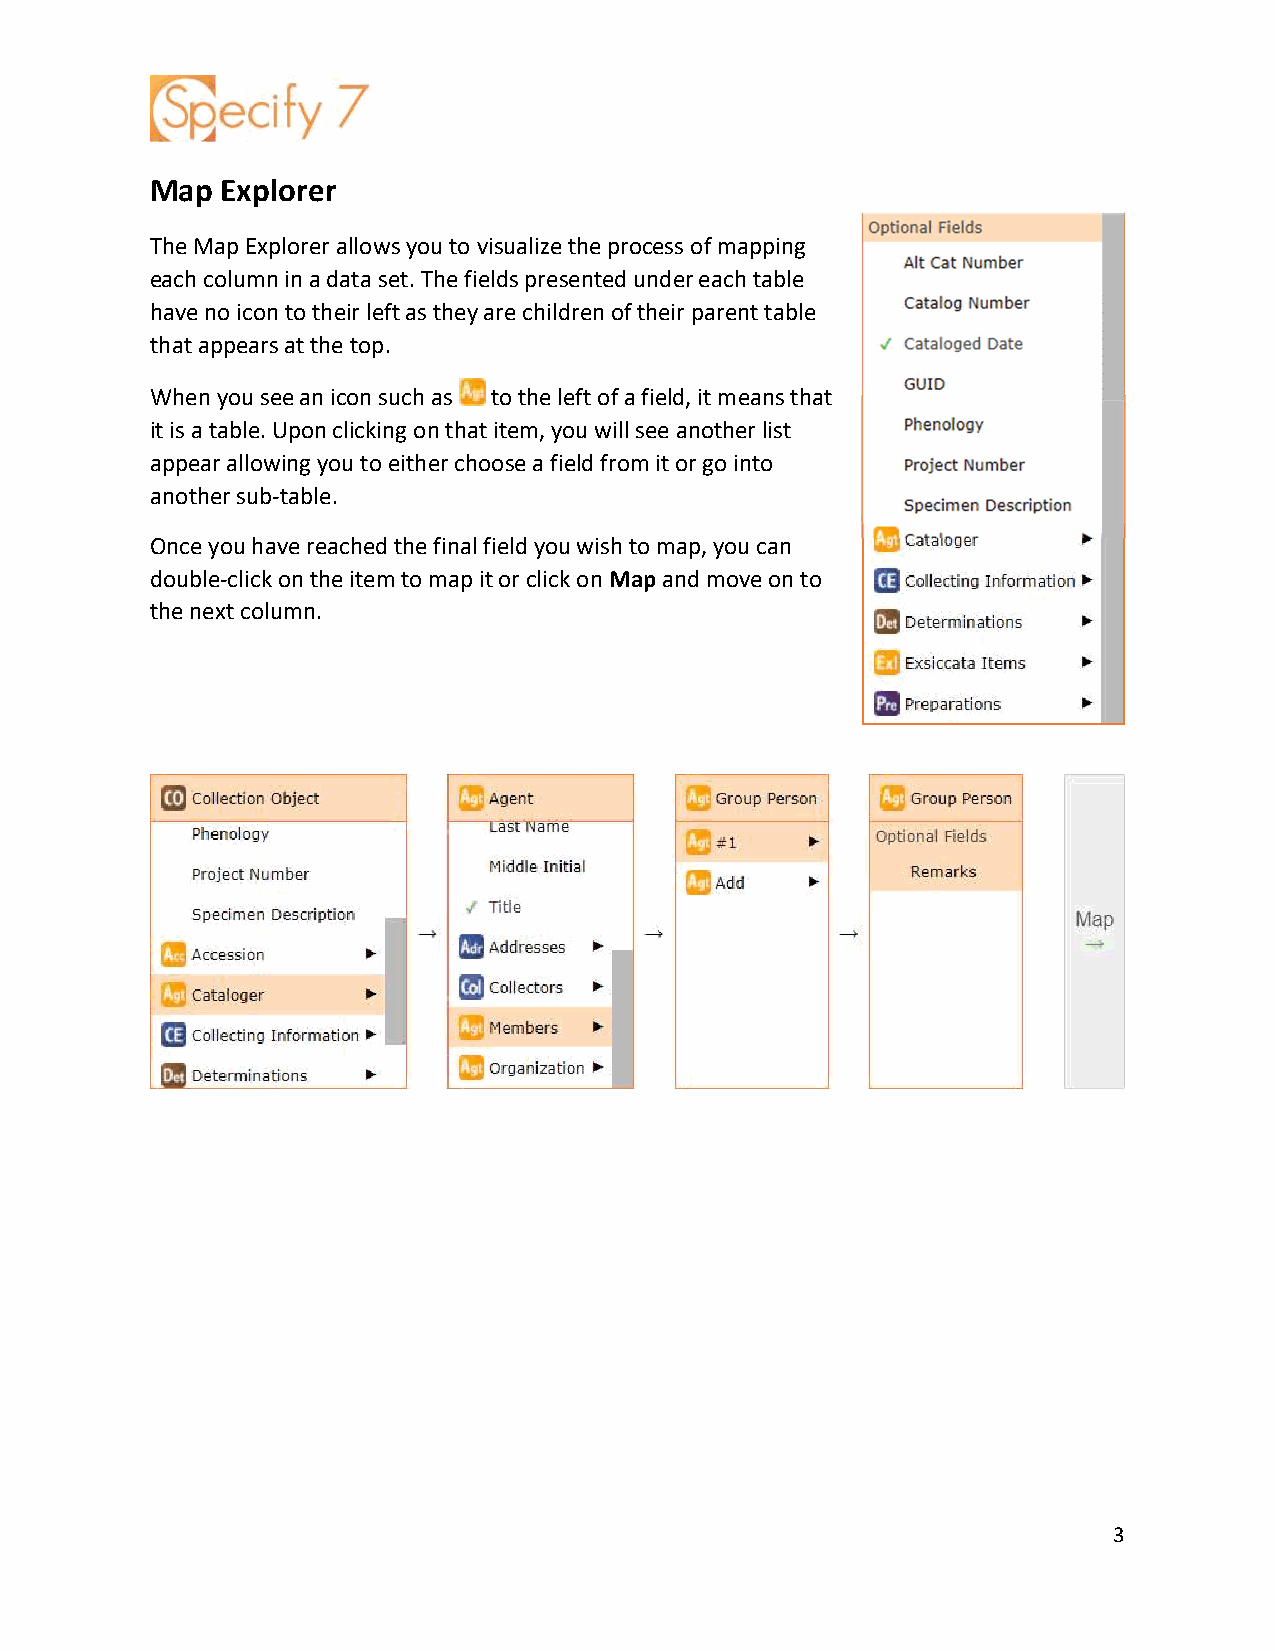
Map  Explorer
 The Map Explorer allows you to visualize the process of mapping
 each column in a data set. The fields presented under each table
 have no icon to their left as they are children of their parent table
 that appears at the top.
 When you see an icon such as to the left of a field, it means that
 it is a table. Upon clicking on that item, you will see another list
 appear allowing you to either choose a field from it or go into
 another sub-table.
 Once you have reached the final field you wish to map, you can
 double-click on the item to map it or click on Map and move on to
 the next column.
 3